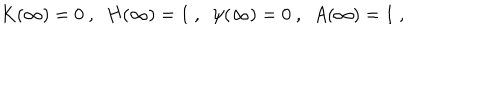
K ( \infty ) = 0 \ , \ \ H ( \infty ) = 1 \ , \ \ \psi ( \infty ) = 0 \ , \ \ A ( \infty ) = 1 \ ,